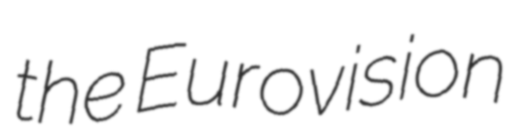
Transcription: the Eurovision